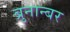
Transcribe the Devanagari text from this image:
ब्रुनान्बर